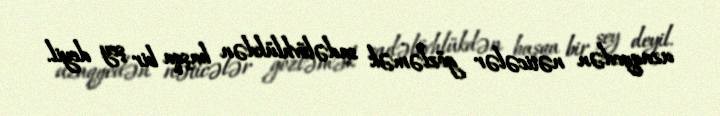
uzaqgedən nəticələr gözləmək sadəlövhlükdən başqa bir şey deyil.